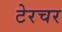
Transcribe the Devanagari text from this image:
टेरचर